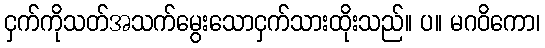
ငှက်ကိုသတ်အသက်မွေးသောငှက်သားထိုးသည်။ ပ။ မဂဝိကော၊